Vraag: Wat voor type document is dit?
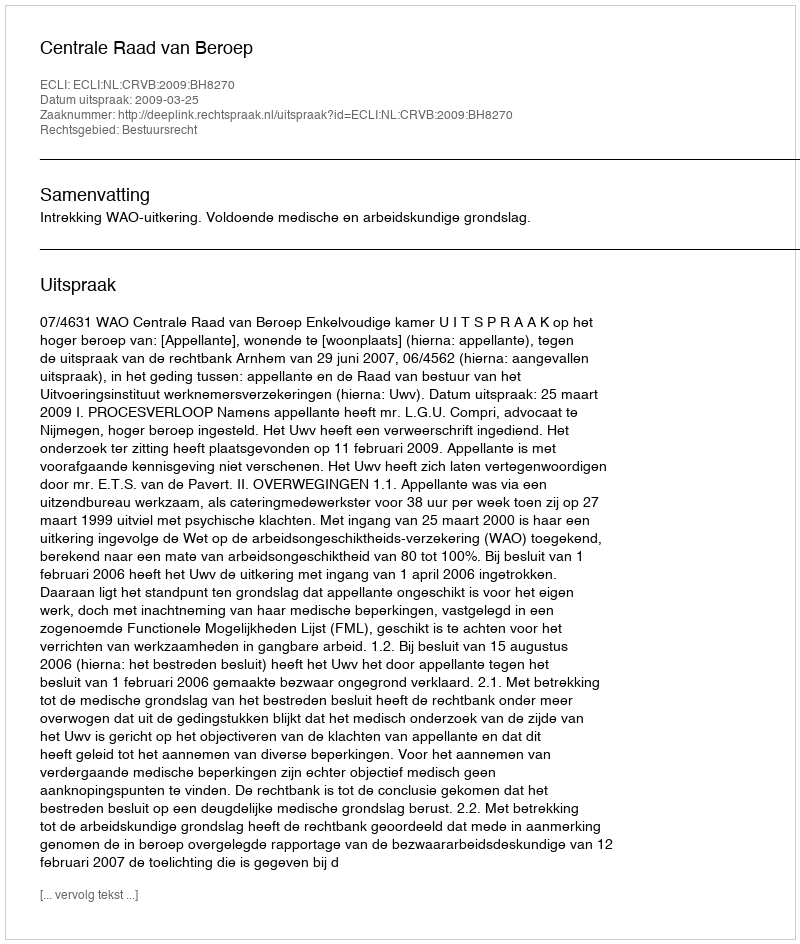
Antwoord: Uitspraak